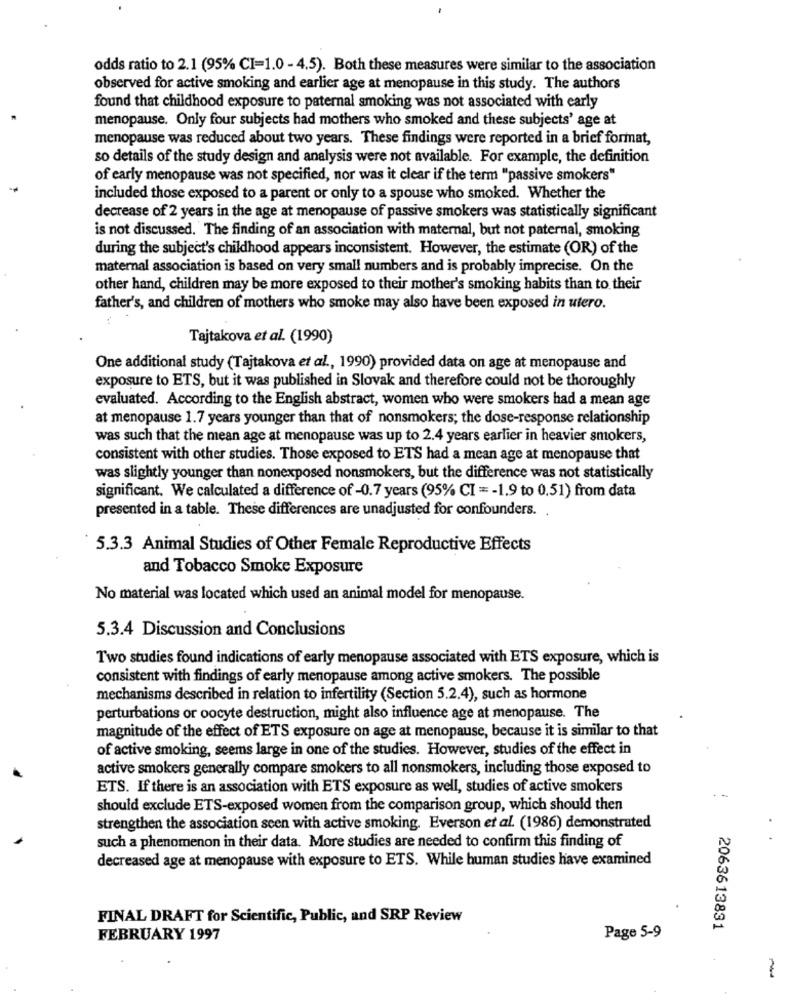
odds ratio to 2.1 (95% CI=1.0 - 4.5). Both these measures were similar to the association
observed for active smoking and earlier age at menopause in this study. The authors
found that childhood exposure to paternal smoking was not associated with early
menopause. Only four subjects had mothers who smoked and these subjects' age at
menopause was reduced about two years. These findings were reported in a brief format,
so details of the study design and analysis were not available. For example, the definition
of early menopause was not specified, nor was it clear if the term "passive smokers"
included those exposed to a parent or only to a spouse who smoked. Whether the
decrease of 2 years in the age at menopause of passive smokers was statistically significant
is not discussed. The finding of an association with maternal, but not paternal, smoking
during the subject's childhood appears inconsistent. However, the estimate (OR) of the
maternal association is based on very small numbers and is probably imprecise. On the
other hand, children may be more exposed to their mother's smoking habits than to their
father's, and children of mothers who smoke may also have been exposed in utero.
Tajtakova et al. (1990)
One additional study (Tajtakova et al ., 1990) provided data on age at menopause and
exposure to ETS, but it was published in Slovak and therefore could not be thoroughly
evaluated. According to the English abstract, women who were smokers had a mean age
at menopause 1.7 years younger than that of nonsmokers; the dose-response relationship
was such that the mean age at menopause was up to 2.4 years earlier in heavier smokers,
consistent with other studies. Those exposed to ETS had a mean age at menopause that
was slightly younger than nonexposed nonsmokers, but the difference was not statistically
significant. We calculated a difference of -0.7 years (95% CI = - 1.9 to 0.51) from data
presented in a table. These differences are unadjusted for confounders. .
5.3.3 Animal Studies of Other Female Reproductive Effects
and Tobacco Smoke Exposure
No material was located which used an animal model for menopause.
5.3.4 Discussion and Conclusions
Two studies found indications of early menopause associated with ETS exposure, which is
consistent with findings of early menopause among active smokers. The possible
mechanisms described in relation to infertility (Section 5.2.4), such as hormone
perturbations or oocyte destruction, might also influence age at menopause. The
magnitude of the effect of ETS exposure on age at menopause, because it is similar to that
of active smoking, seems large in one of the studies. However, studies of the effect in
active smokers generally compare smokers to all nonsmokers, including those exposed to
ETS. If there is an association with ETS exposure as well, studies of active smokers
should exclude ETS-exposed women from the comparison group, which should then
strengthen the association seen with active smoking. Everson et al. (1986) demonstrated
such a phenomenon in their data. More studies are needed to confirm this finding of
decreased age at menopause with exposure to ETS. While human studies have examined
FINAL DRAFT for Scientific, Public, and SRP Review
2063613831
FEBRUARY 1997
Page 5-9